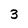
Character: 3